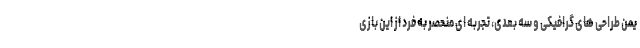
یمن طراحی های گرافیکی و سه بعدی، تجربه ای منحصر به فرد از این بازی